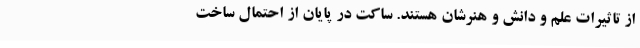
از تاثیرات علم و دانش و هنرشان هستند. ساکت در پایان از احتمال ساخت